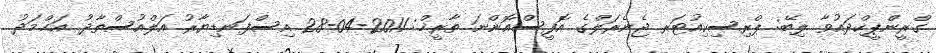
ގްރީންޕީކްދައުވާ ލިބޭ: ޕްރިސިކިއުޓަރ ޖެނެރަލްގެ އޮފީސްއޮންނަ ތާރީޚް: 2011-04-28 އިސްފަނޑިޔާރު އަލްއުސްތާޛު އަޙްމަދު